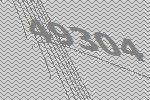
49304